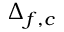
\Delta _ { f , c }